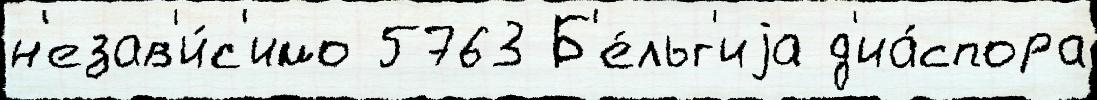
н'езав'и́с'имо 5763 Б'е́льг'иjа д'иа́спора